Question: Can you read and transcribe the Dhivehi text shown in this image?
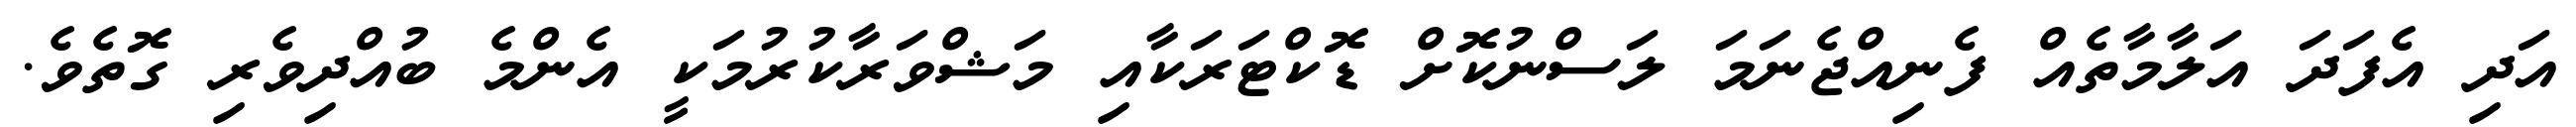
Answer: އަދި އެފަދަ އަލާމާތެއް ފެނިއްޖެނަމަ ލަސްނުކޮށް ޑޮކްޓަރަކާއި މަޝްވަރާކުރުމަކީ އެންމެ ބުއްދިވެރި ގޮތެވެ.